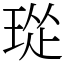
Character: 㻜